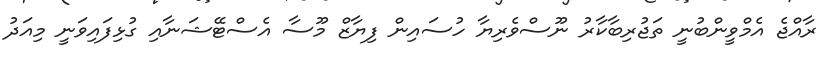
ރާއްޖެ އެމްވީންބުނީ ތަޖުރިބާކާރު ނޫސްވެރިޔާ ހުސައިން ފިޔާޒް މޫސާ އެސްޓޭޝަނާއި ގުޅިފައިވަނީ މިއަދު